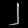
Digit: ၂